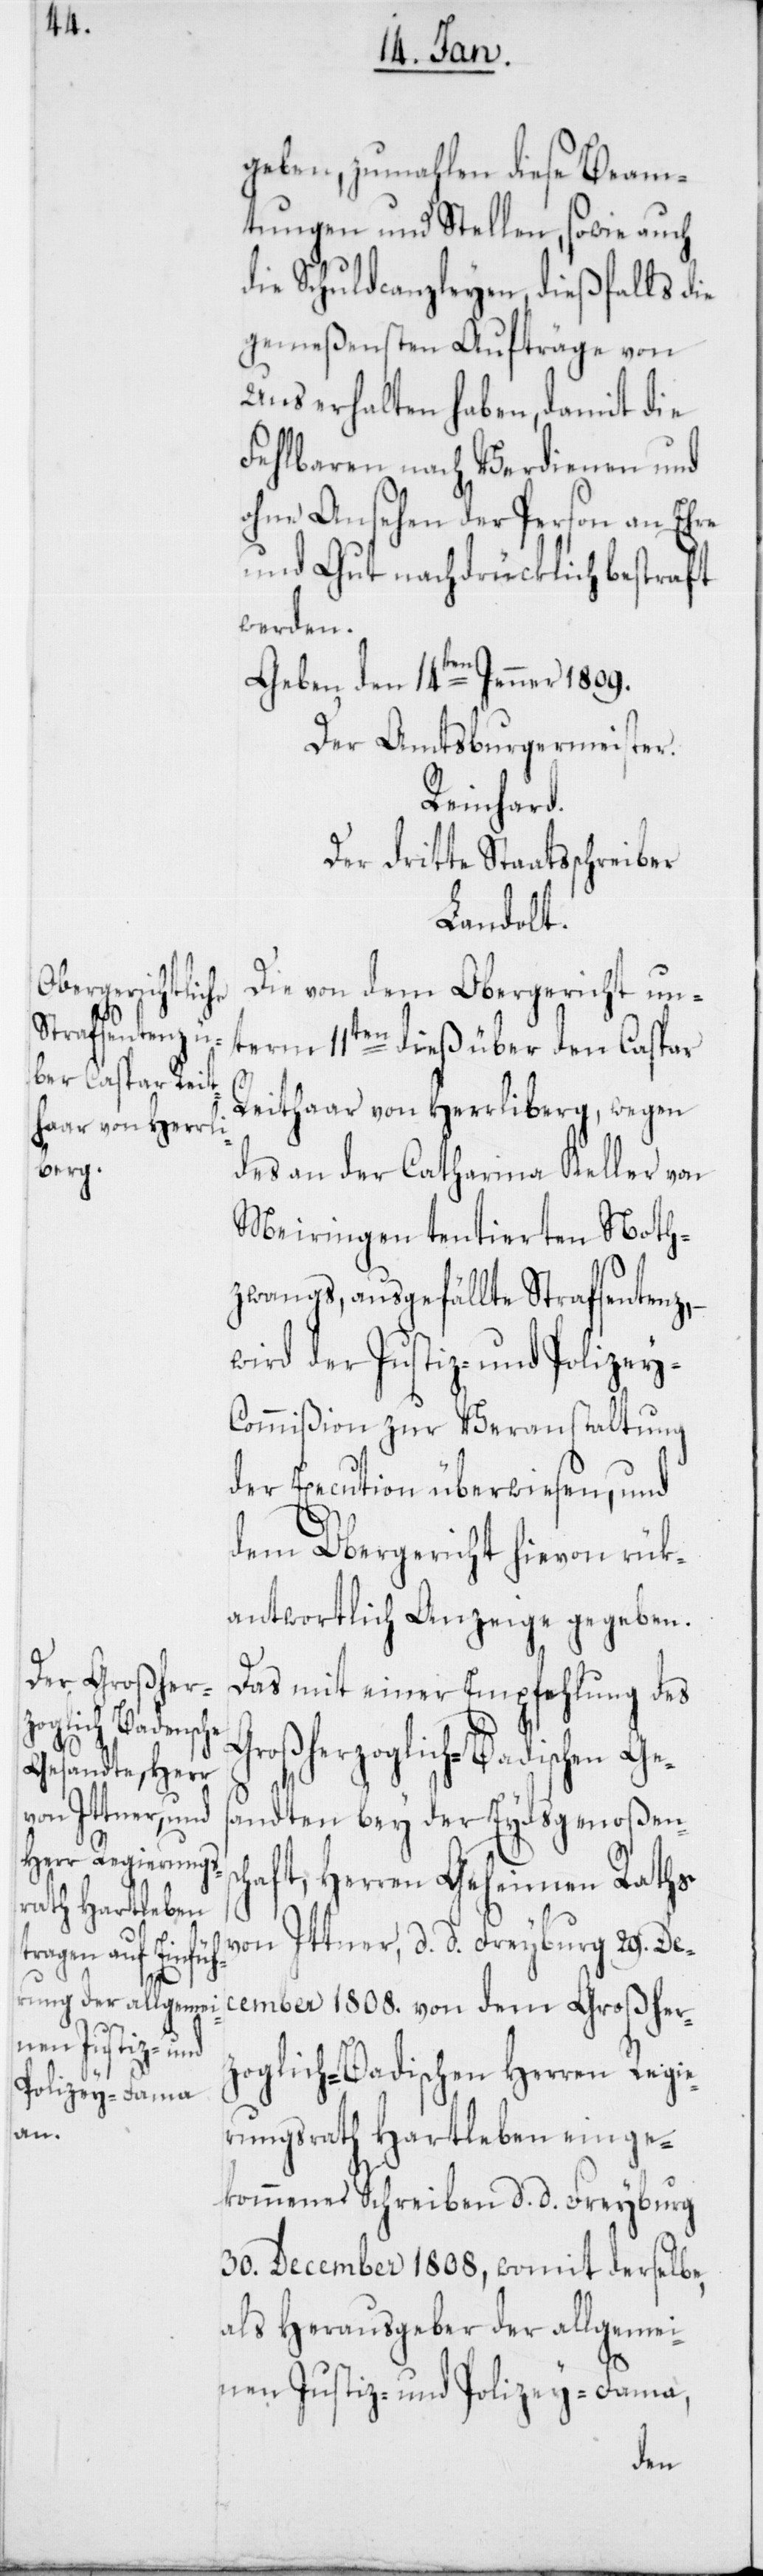
geben, zumahlen diese Beam¬
tungen und Stellen, sowie auch
die Schuldcanzleyen, dießfalls die
gemeßensten Aufträge von
uns erhalten haben, damit die
Fehlbaren nach Verdienen und
ohne Ansehen der Person an Ehre
und Gut nachdrücklich bestraft
werden.
Geben den 14ten Jenner 1809.
Der Amtsburgermeister.
Reinhard.
Der dritte Staatsschreiber
Landolt.
Die von dem Obergericht un¬
term 11ten dieß über den Caspar
G¬
Reithaar von Herrliberg, wegen
des an der Catharina Keller von
Meiringen tentierten Noth¬
zwangs, ausgefällte Strafsentenz, –
wird der Justiz- und Polizey-C¬
ommißion zur Veranstaltung
der Execution überwiesen, und
dem Obergericht hievon rük¬
antwortlich Anzeige gegeben.
Das mit einer Empfehlung des
roßherzoglich-Badischen Ge¬
sandten bey der Eydsgenoßensc¬
haft, Herren Geheimen Raths
von Ittner, d. d. Freyburg 29. Dec¬
ember 1808. von dem Großher¬
zoglich-Badischen Herren Regie¬
rungsrath Hartleben einge¬
kommenes Schreiben, d. d. Freyburg
30. December 1808, womit derselbe,
als Herausgeber der allgemei¬
nen Justiz- und Polizey-Fama,